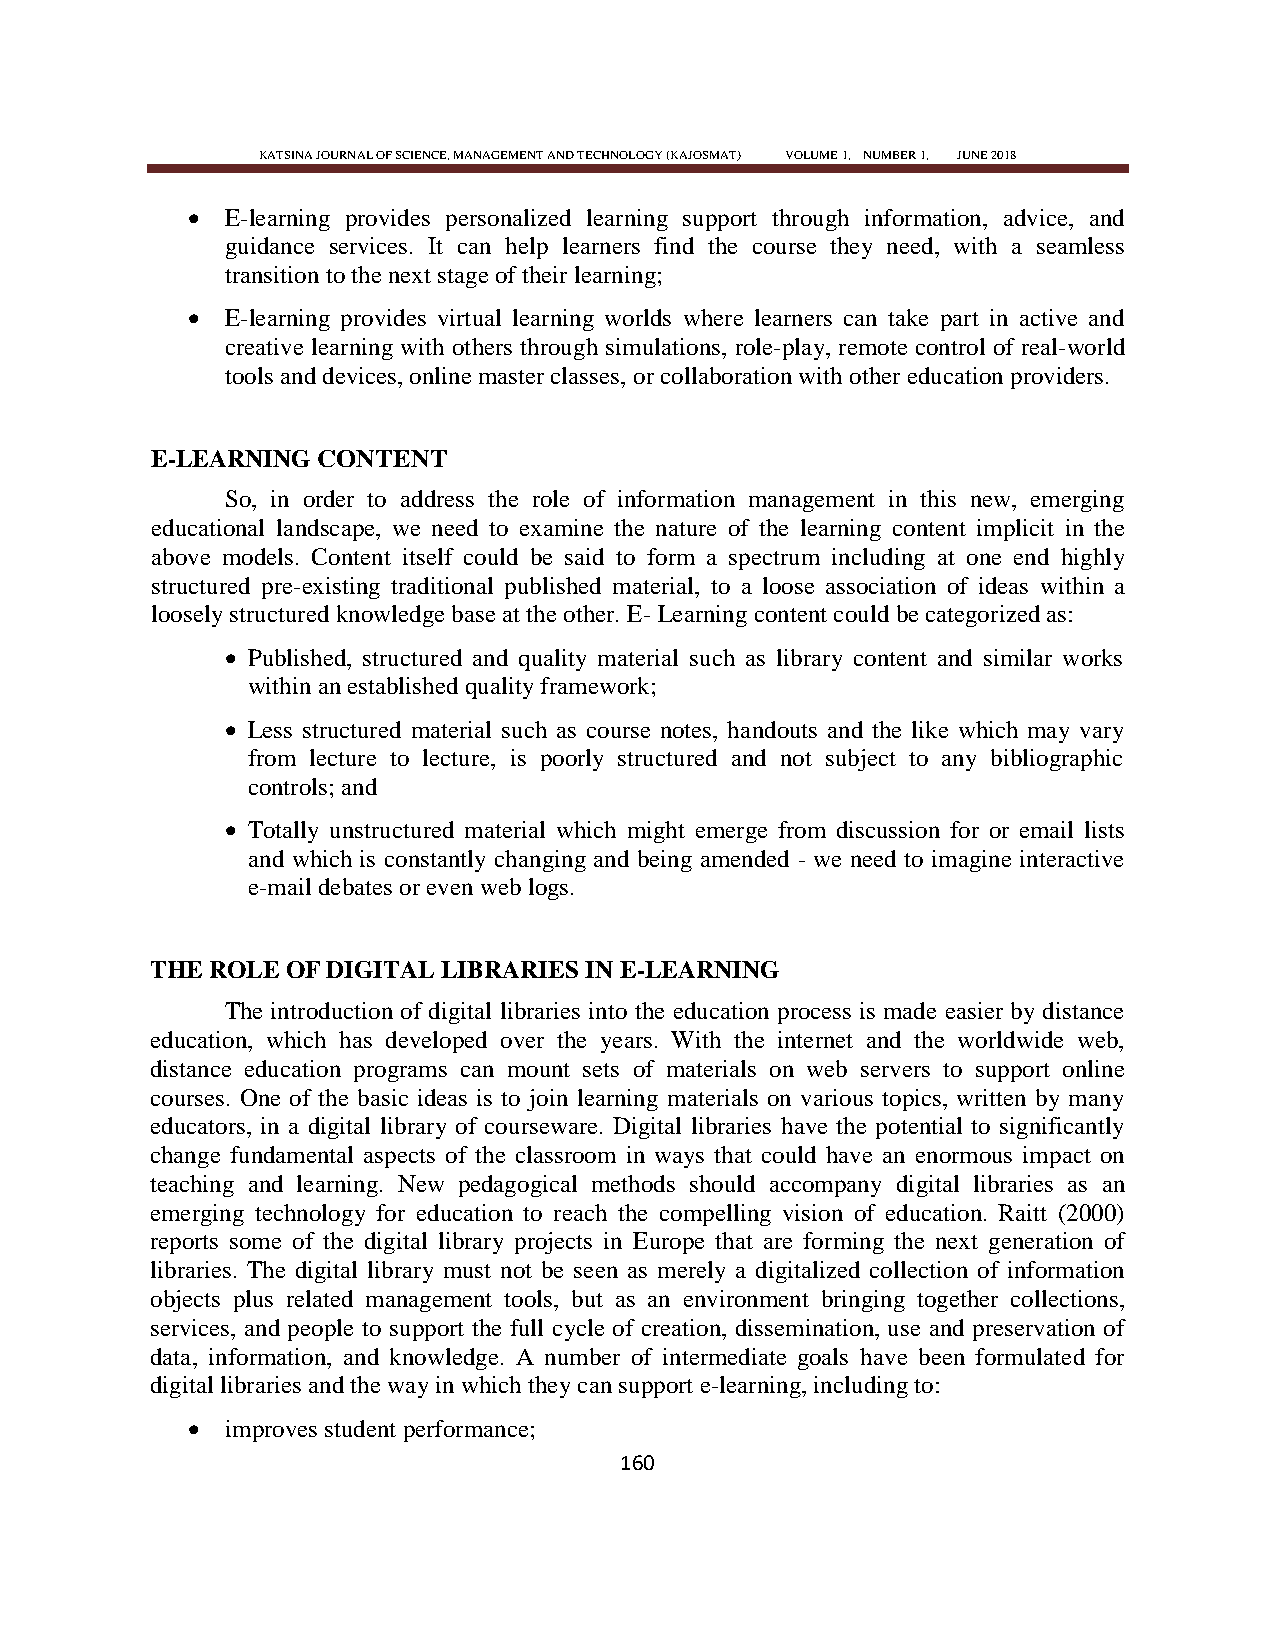
KATSINA JOURNAL OF SCIENCE, MANAGEMENT AND TECHNOLOGY (KAJOSMAT) VOLUME 1, NUMBER 1, JUNE 2018
   E-learning provides personalized learning support through information, advice, and
 guidance services. It can help learners find the course they need, with a seamless
 transition to the next stage of their learning;
   E-learning provides virtual learning worlds where learners can take part in active and
 creative learning with others through simulations, role-play, remote control of real-world
 tools and devices, online master classes, or collaboration with other education providers.
 E-LEARNING CONTENT
 So, in order to address the role of information management in this new, emerging
 educational landscape, we need to examine the nature of the learning content implicit in the
 above models. Content itself could be said to form a spectrum including at one end highly
 structured pre-existing traditional published material, to a loose association of ideas within a
 loosely structured knowledge base at the other. E- Learning content could be categorized as:
  Published, structured and quality material such as library content and similar works
 within an established quality framework;
  Less structured material such as course notes, handouts and the like which may vary
 from lecture to lecture, is poorly structured and not subject to any bibliographic
 controls; and
  Totally unstructured material which might emerge from discussion for or email lists
 and which is constantly changing and being amended - we need to imagine interactive
 e-mail debates or even web logs.
 THE ROLE OF DIGITAL LIBRARIES IN E-LEARNING
 The introduction of digital libraries into the education process is made easier by distance
 education, which has developed over the years. With the internet and the worldwide web,
 distance education programs can mount sets of materials on web servers to support online
 courses. One of the basic ideas is to join learning materials on various topics, written by many
 educators, in a digital library of courseware. Digital libraries have the potential to significantly
 change fundamental aspects of the classroom in ways that could have an enormous impact on
 teaching and learning. New pedagogical methods should accompany digital libraries as an
 emerging technology for education to reach the compelling vision of education. Raitt (2000)
 reports some of the digital library projects in Europe that are forming the next generation of
 libraries. The digital library must not be seen as merely a digitalized collection of information
 objects plus related management tools, but as an environment bringing together collections,
 services, and people to support the full cycle of creation, dissemination, use and preservation of
 data, information, and knowledge. A number of intermediate goals have been formulated for
 digital libraries and the way in which they can support e-learning, including to:
   improves student performance;
 160